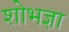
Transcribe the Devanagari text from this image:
शोभज्ञा